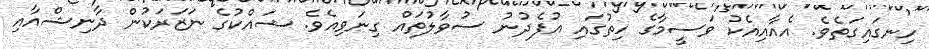
ހިނގައިގަތެެވެ. އެއާއިއެކު ވަސީމާގެ ހިތުގައި އުފެދުނު ސުވާލުތައް ގިނަވިއެވެ. ޝައްކުގެ ނަޒަރަކުން ދާނިޝްއާާއި